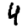
Digit: 4